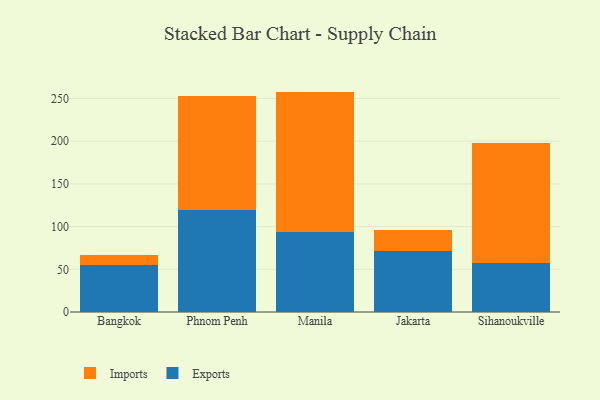
{"axis": {"x": "City", "y": "Bounce Rate (%)"}, "legend": ["Exports", "Imports"], "data": [{"x": "Bangkok", "y": 55.2, "type": "Exports"}, {"x": "Bangkok", "y": 12.1, "type": "Imports"}, {"x": "Phnom Penh", "y": 119.5, "type": "Exports"}, {"x": "Phnom Penh", "y": 133.3, "type": "Imports"}, {"x": "Manila", "y": 93.8, "type": "Exports"}, {"x": "Manila", "y": 164.3, "type": "Imports"}, {"x": "Jakarta", "y": 71.2, "type": "Exports"}, {"x": "Jakarta", "y": 24.9, "type": "Imports"}, {"x": "Sihanoukville", "y": 57.0, "type": "Exports"}, {"x": "Sihanoukville", "y": 140.6, "type": "Imports"}]}